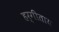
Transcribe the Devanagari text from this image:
हर्गीताय